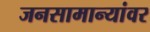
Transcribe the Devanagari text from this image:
जनसामान्यांवर